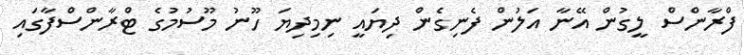
ފްރާންސް ލީގުން އޭނާ އަލުން ފެނިގެން ދިޔައީ ނިމިދިޔަ ހޫނު މޫސުމުގެ ޓްރާންސްފާގައި